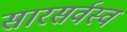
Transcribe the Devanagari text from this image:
सारसर्वस्व